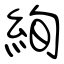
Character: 絢